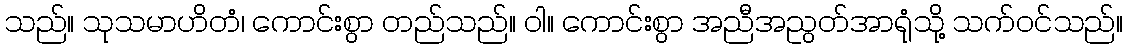
သည်။ သုသမာဟိတံ၊ ကောင်းစွာ တည်သည်။ ဝါ။ ကောင်းစွာ အညီအညွတ်အာရုံသို့ သက်ဝင်သည်။